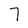
Character: 7